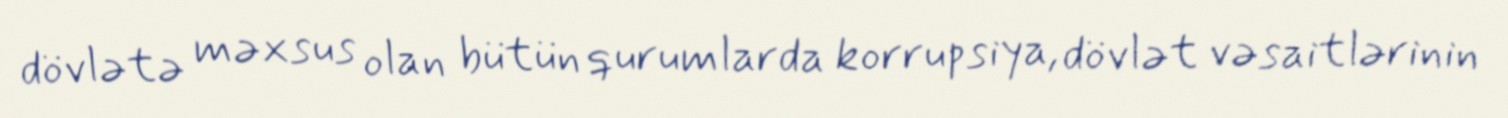
dövlətə məxsus olan bütün qurumlarda korrupsiya, dövlət vəsaitlərinin